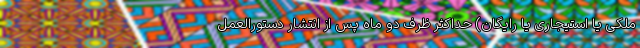
ملکی یا استیجاری یا رایگان)‌ حداکثر ظرف دو ماه پس از انتشار دستورالعمل